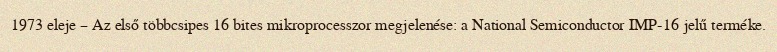
1973 eleje – Az első többcsipes 16 bites mikroprocesszor megjelenése: a National Semiconductor IMP-16 jelű terméke.